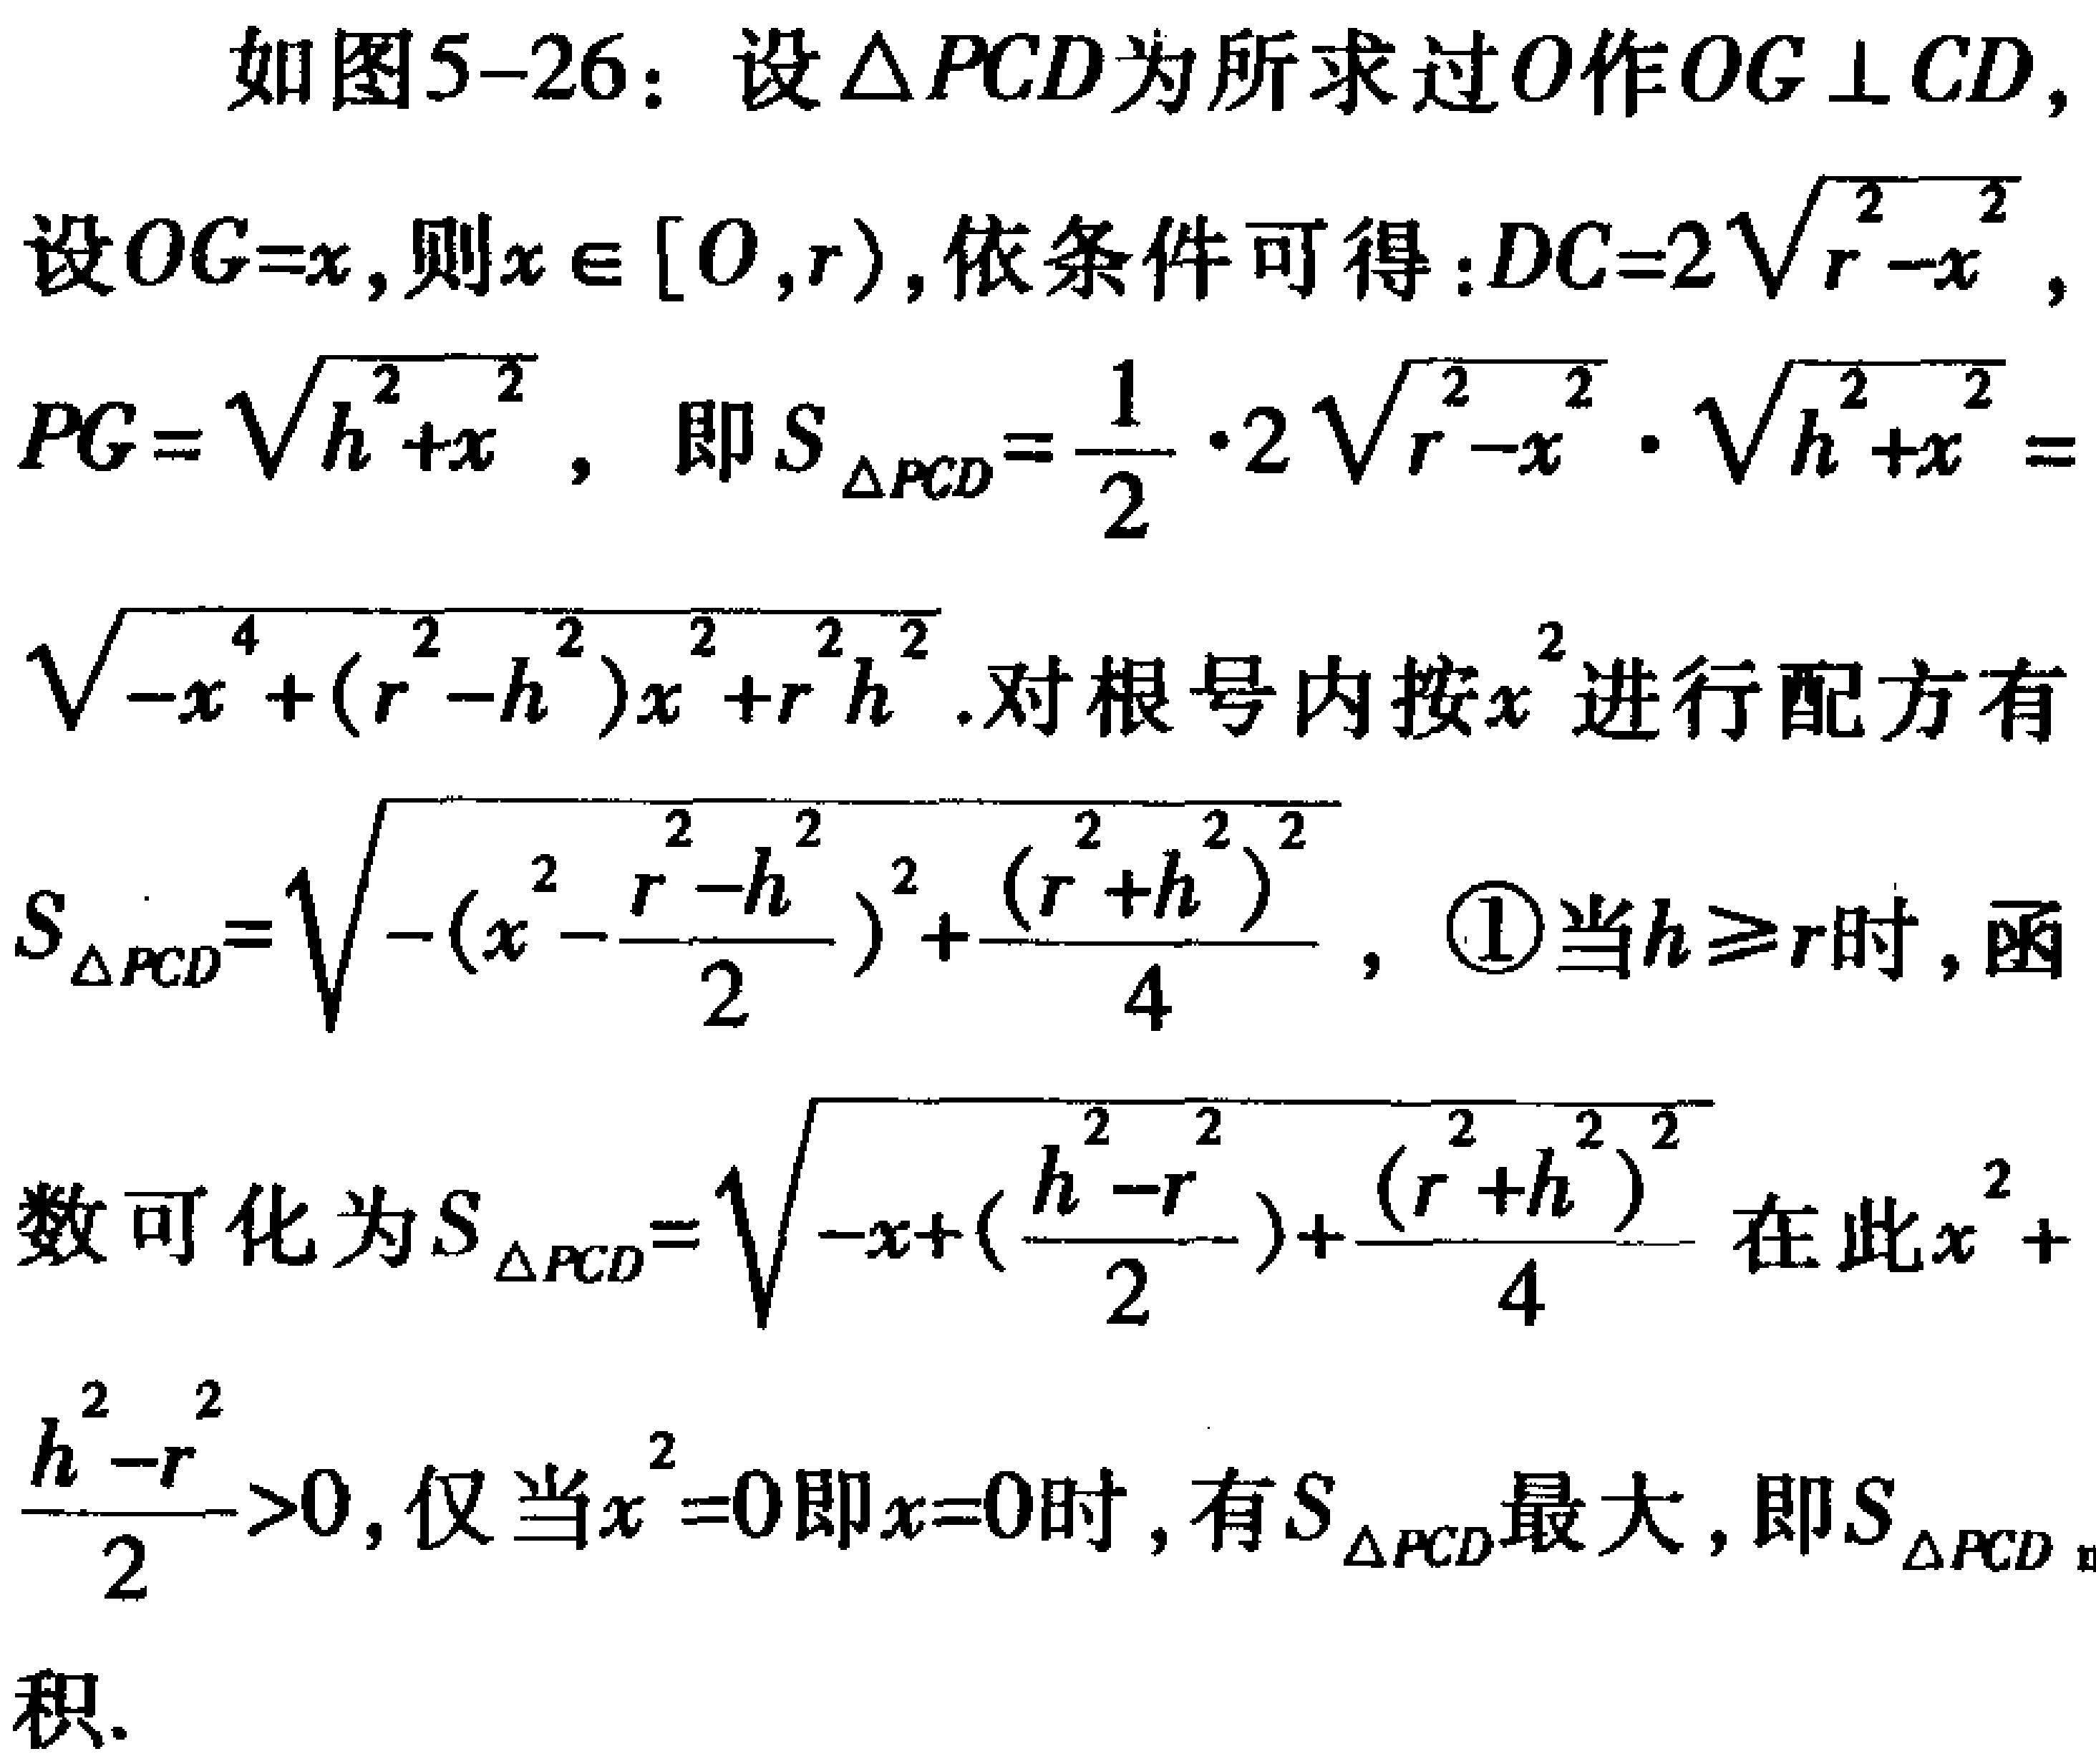
如图5-26：设\(\triangle PCD\)为所求过\(O\)作\(OG \perp CD\)，
设\(OG = x\)，则\(x \in [0,r)\)，依条件可得：\(DC = 2\sqrt{r^{2}-x^{2}}\)，
\(PG=\sqrt{h^{2}+x^{2}}\)， 即\(S_{\triangle PCD}=\frac{1}{2}\cdot 2\sqrt{r^{2}-x^{2}}\cdot\sqrt{h^{2}+x^{2}}=\)
\(\sqrt{-x^{4}+(r^{2}-h^{2})x^{2}+r^{2}h^{2}}\).对根号内按\(x^{2}\)进行配方有
\(S_{\triangle PCD}=\sqrt{-(x^{2}-\frac{r^{2}-h^{2}}{2})^{2}+\frac{(r^{2}+h^{2})^{2}}{4}}\)，\textcircled{1}当\(h\geqslant r\)时，函
数可化为\(S_{\triangle PCD}=\sqrt{-x^{2}+(\frac{h^{2}-r^{2}}{2})+\frac{(r^{2}+h^{2})^{2}}{4}}\)在此\(x^{2}+\)
\(\frac{h^{2}-r^{2}}{2}>0\)，仅当\(x^{2}=0\)即\(x = 0\)时，有\(S_{\triangle PCD}\)最大，即\(S_{\triangle PCD}\)
积.